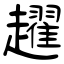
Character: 趯